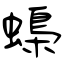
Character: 蟂